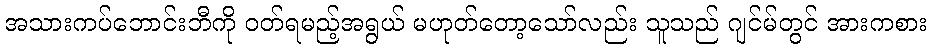
အသားကပ်ဘောင်းဘီကို ဝတ်ရမည့်အရွယ် မဟုတ်တော့သော်လည်း သူသည် ဂျင်မ်တွင် အားကစား